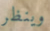
وينظر